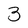
Character: 3